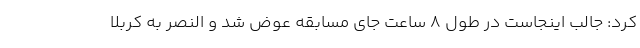
کرد: جالب اینجاست در طول 8 ساعت جای مسابقه عوض شد و النصر به کربلا